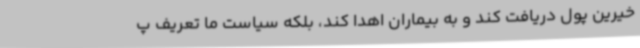
خیرین پول دریافت کند و به بیماران اهدا کند، بلکه سیاست ما تعریف پ